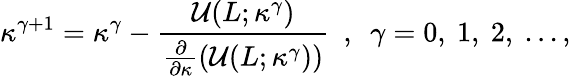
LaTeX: \kappa^{\gamma+1}=\kappa^{\gamma}-\frac{\mathcal{U}(L;\kappa^{\gamma})}{\frac{\partial}{\partial\kappa}(\mathcal{U}(L;\kappa^{\gamma}))}~~,~~\gamma=0,~1,~2,~...,